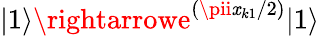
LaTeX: \vert1\rangle\rightarrowe^{(\pii\mathit{x}_{k1}/2)}\vert1\rangle